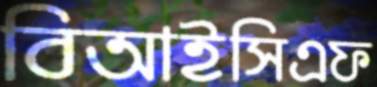
বিআইসিএফ